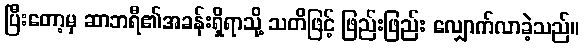
ပြီးတော့မှ ဆာဘရီ၏အခန်းရှိရာသို့ သတိဖြင့် ဖြည်းဖြည်း လျှောက်လာခဲ့သည်။